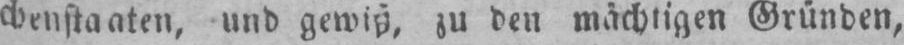
zu den mächtigen Gründen,